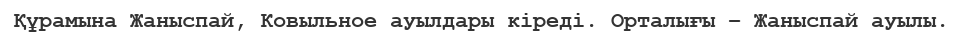
Құрамына Жаныспай, Ковыльное ауылдары кіреді. Орталығы – Жаныспай ауылы.